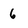
Character: 6